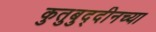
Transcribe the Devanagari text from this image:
कुतुबुद्दीनच्या